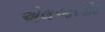
એલઆરડીઇ